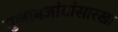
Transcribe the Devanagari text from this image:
गुलाबजांबांसारखा